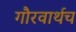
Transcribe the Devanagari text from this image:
गौरवार्थच